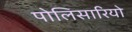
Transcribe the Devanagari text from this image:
पोलिसारियो